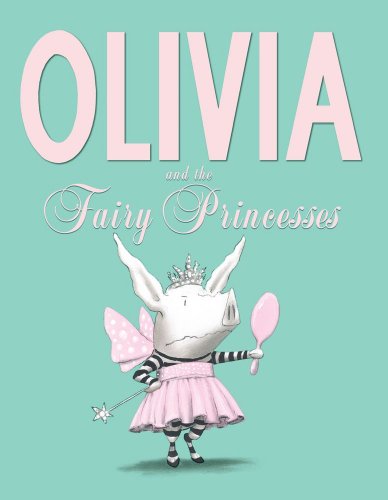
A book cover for Olivia and the Fairy Princesses; Ian Falconer; Children's Books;